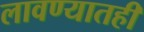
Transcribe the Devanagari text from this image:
लावण्यातही